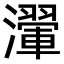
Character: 瀈